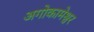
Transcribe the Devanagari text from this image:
अगोकामेश्वर